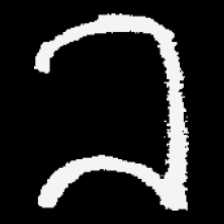
Pyu character \u2014 Myanmar letter: ခ (romanized: kha)